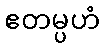
ဧတမ္ပဟံ